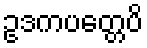
ဥဒကပတ္တေပိ